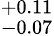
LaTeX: ^{+0.11}_{-0.07}